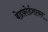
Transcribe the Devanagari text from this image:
बेडफ़ोर्डशायर